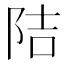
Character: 𮥁